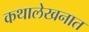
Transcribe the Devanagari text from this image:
कथालेखनात